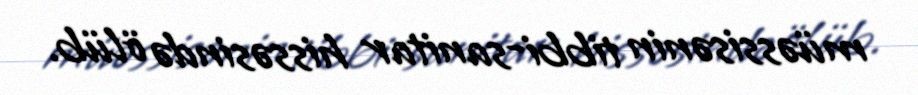
müəssisənin tibbi-sanitar hissəsində ölüb.